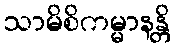
သာမိစိကမ္မာနန္တိ